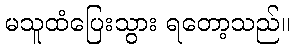
မသူထံပြေးသွား ရတော့သည်။